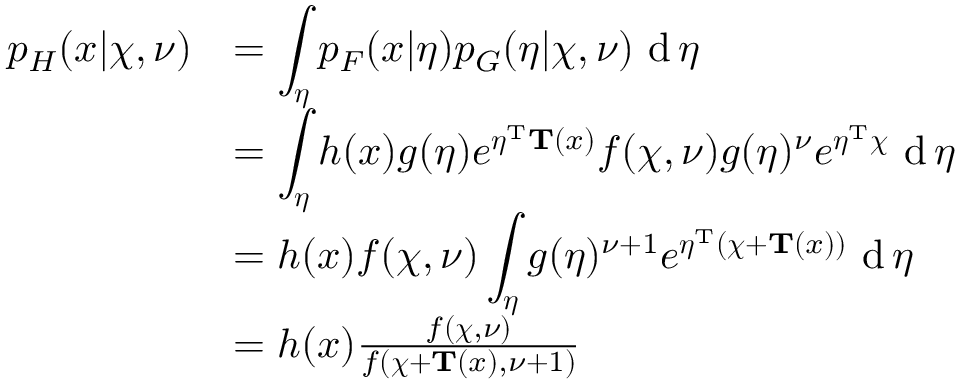
{ \begin{array} { r l } { p _ { H } ( x | { \boldsymbol { \chi } } , \nu ) } & { = { \displaystyle \int _ { \boldsymbol { \eta } } p _ { F } ( x | { \boldsymbol { \eta } } ) p _ { G } ( { \boldsymbol { \eta } } | { \boldsymbol { \chi } } , \nu ) \, \operatorname { d } { \boldsymbol { \eta } } } } \\ & { = { \displaystyle \int _ { \boldsymbol { \eta } } h ( x ) g ( { \boldsymbol { \eta } } ) e ^ { { \boldsymbol { \eta } } ^ { \mathrm { { T } } } \mathbf { T } ( x ) } f ( { \boldsymbol { \chi } } , \nu ) g ( { \boldsymbol { \eta } } ) ^ { \nu } e ^ { { \boldsymbol { \eta } } ^ { \mathrm { { T } } } { \boldsymbol { \chi } } } \, \operatorname { d } { \boldsymbol { \eta } } } } \\ & { = { \displaystyle h ( x ) f ( { \boldsymbol { \chi } } , \nu ) \int _ { \boldsymbol { \eta } } g ( { \boldsymbol { \eta } } ) ^ { \nu + 1 } e ^ { { \boldsymbol { \eta } } ^ { \mathrm { { T } } } ( { \boldsymbol { \chi } } + \mathbf { T } ( x ) ) } \, \operatorname { d } { \boldsymbol { \eta } } } } \\ & { = h ( x ) { \frac { f ( { \boldsymbol { \chi } } , \nu ) } { f ( { \boldsymbol { \chi } } + \mathbf { T } ( x ) , \nu + 1 ) } } } \end{array} }